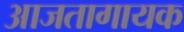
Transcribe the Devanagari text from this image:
आजतागायक